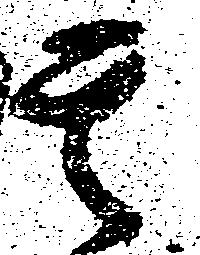
其